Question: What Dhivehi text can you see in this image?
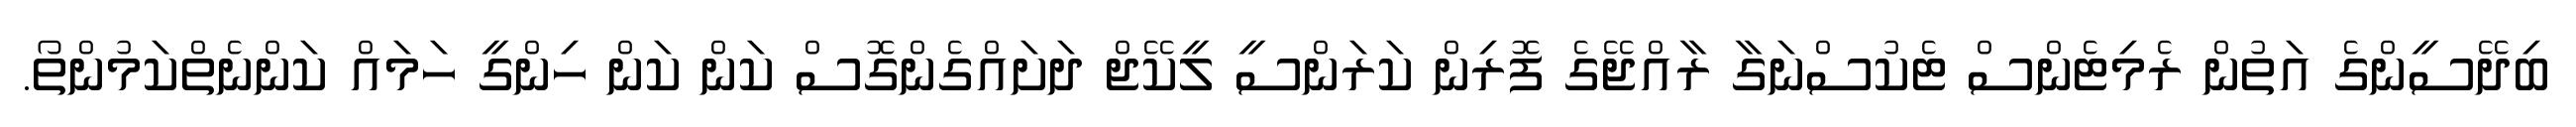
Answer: ބިދޭސީންގެ އަތުން ރެމިޓެންސް ޓެކުސްނަގާ ރާއްޖޭގެ ފޮރިން ކަރަންސީ ލީކޭޖް ދަށައްގެންގޮސް ކަން ކަން ހިންގީ ހަމައް ކަންނެތްކަމުންތޯ.